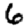
Digit: 6